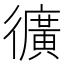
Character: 𭜉